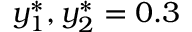
y _ { 1 } ^ { * } , y _ { 2 } ^ { * } = 0 . 3